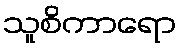
သူစိကာရော